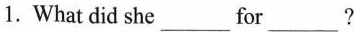
1.What did she___for___?